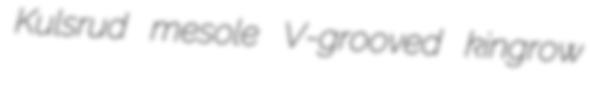
Kulsrud mesole V-grooved kingrow